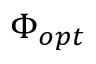
\Phi _ { o p t }